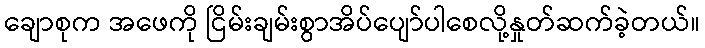
ချောစုက အဖေကို ငြိမ်းချမ်းစွာအိပ်ပျော်ပါစေလို့နှုတ်ဆက်ခဲ့တယ်။